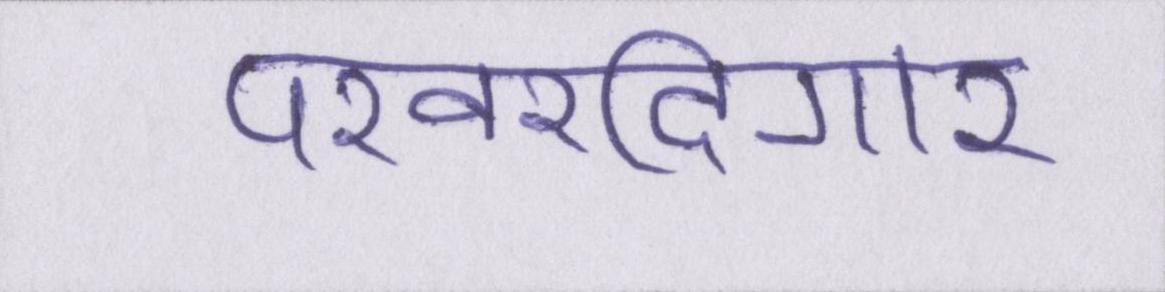
परवरदिगार